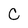
Character: C